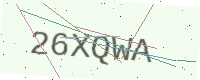
Text: 26XQWA